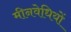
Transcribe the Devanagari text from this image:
मीनवेधियों